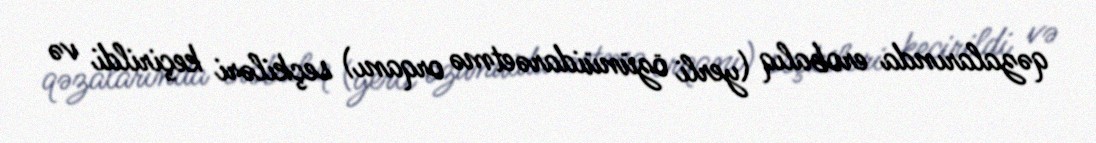
qəzalarında erobalıq (yerli özünüidarəetmə orqanı) seçkiləri keçirildi və